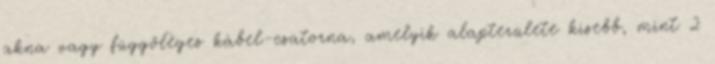
akna vagy függõleges kábel-csatorna, amelyik alapterülete kisebb, mint 2